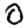
Digit: 0